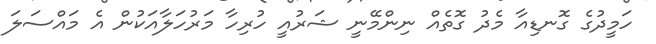
ހަމީދުގެ ގޮނޑިއާ މެދު ގޮތެއް ނިންމޭނީ ޝަރުއީ ހުރިހާ މަރުހަލާއަކުން އެ މައްސަލަ